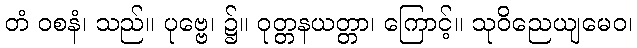
တံ ဝစနံ၊ သည်။ ပုဗ္ဗေ၊ ၌။ ဝုတ္တနယတ္တာ၊ ကြောင့်။ သုဝိညေယျမေဝ၊